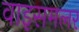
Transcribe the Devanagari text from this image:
वाइसमलर